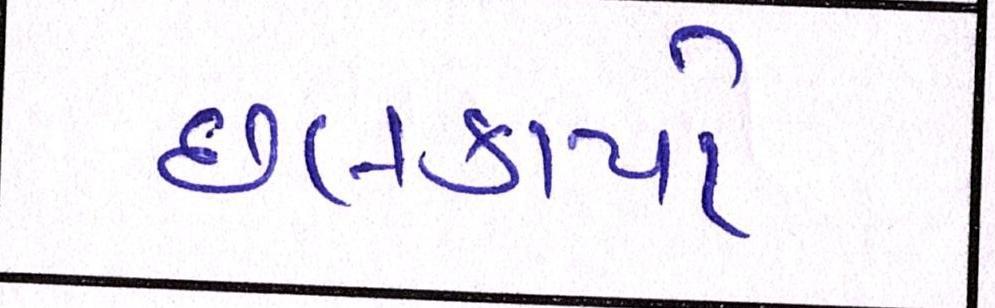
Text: છલકાયો